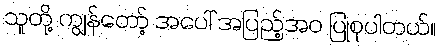
သူတို့ ကျွန်တော့် အပေါ် အပြည့်အဝ ပြုစုပါတယ်။